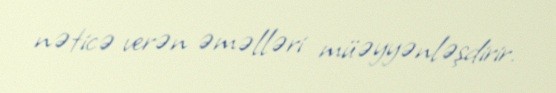
nəticə verən əməlləri müəyyənləşdirir.